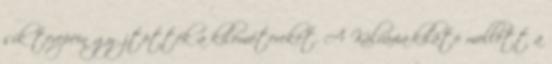
sík terepein gyűjtötték a kilométereket. A Kálvária-kilátó mellett a